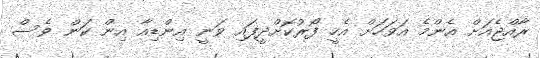
ރާއްޖެއަށް އެންމެ އަވަހަށް އެހީ ފޯރުކޮށްދީފައި ވަނީ އިންޑިއާ އިން ކަން ވެސް